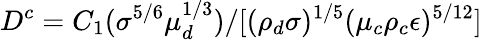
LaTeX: D^{c}=C_{1}(\sigma^{5/6}\mu_{d}^{1/3})/[(\rho_{d}\sigma)^{1/5}(\mu_{c}\rho_{c}\epsilon)^{5/12}]